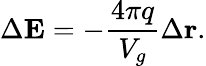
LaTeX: \Delta\mathbf{E}=-\frac{4\pi q}{V_{g}}\Delta\mathbf{r}.